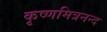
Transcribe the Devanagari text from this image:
कृष्णमित्रनन्द